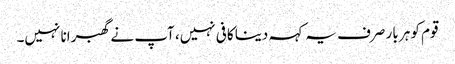
قوم کو ہر بار صرف یہ کہہ دینا کافی نہیں، آپ نے گھبرانا نہیں۔